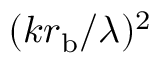
( k r _ { \mathrm { b } } / \lambda ) ^ { 2 }